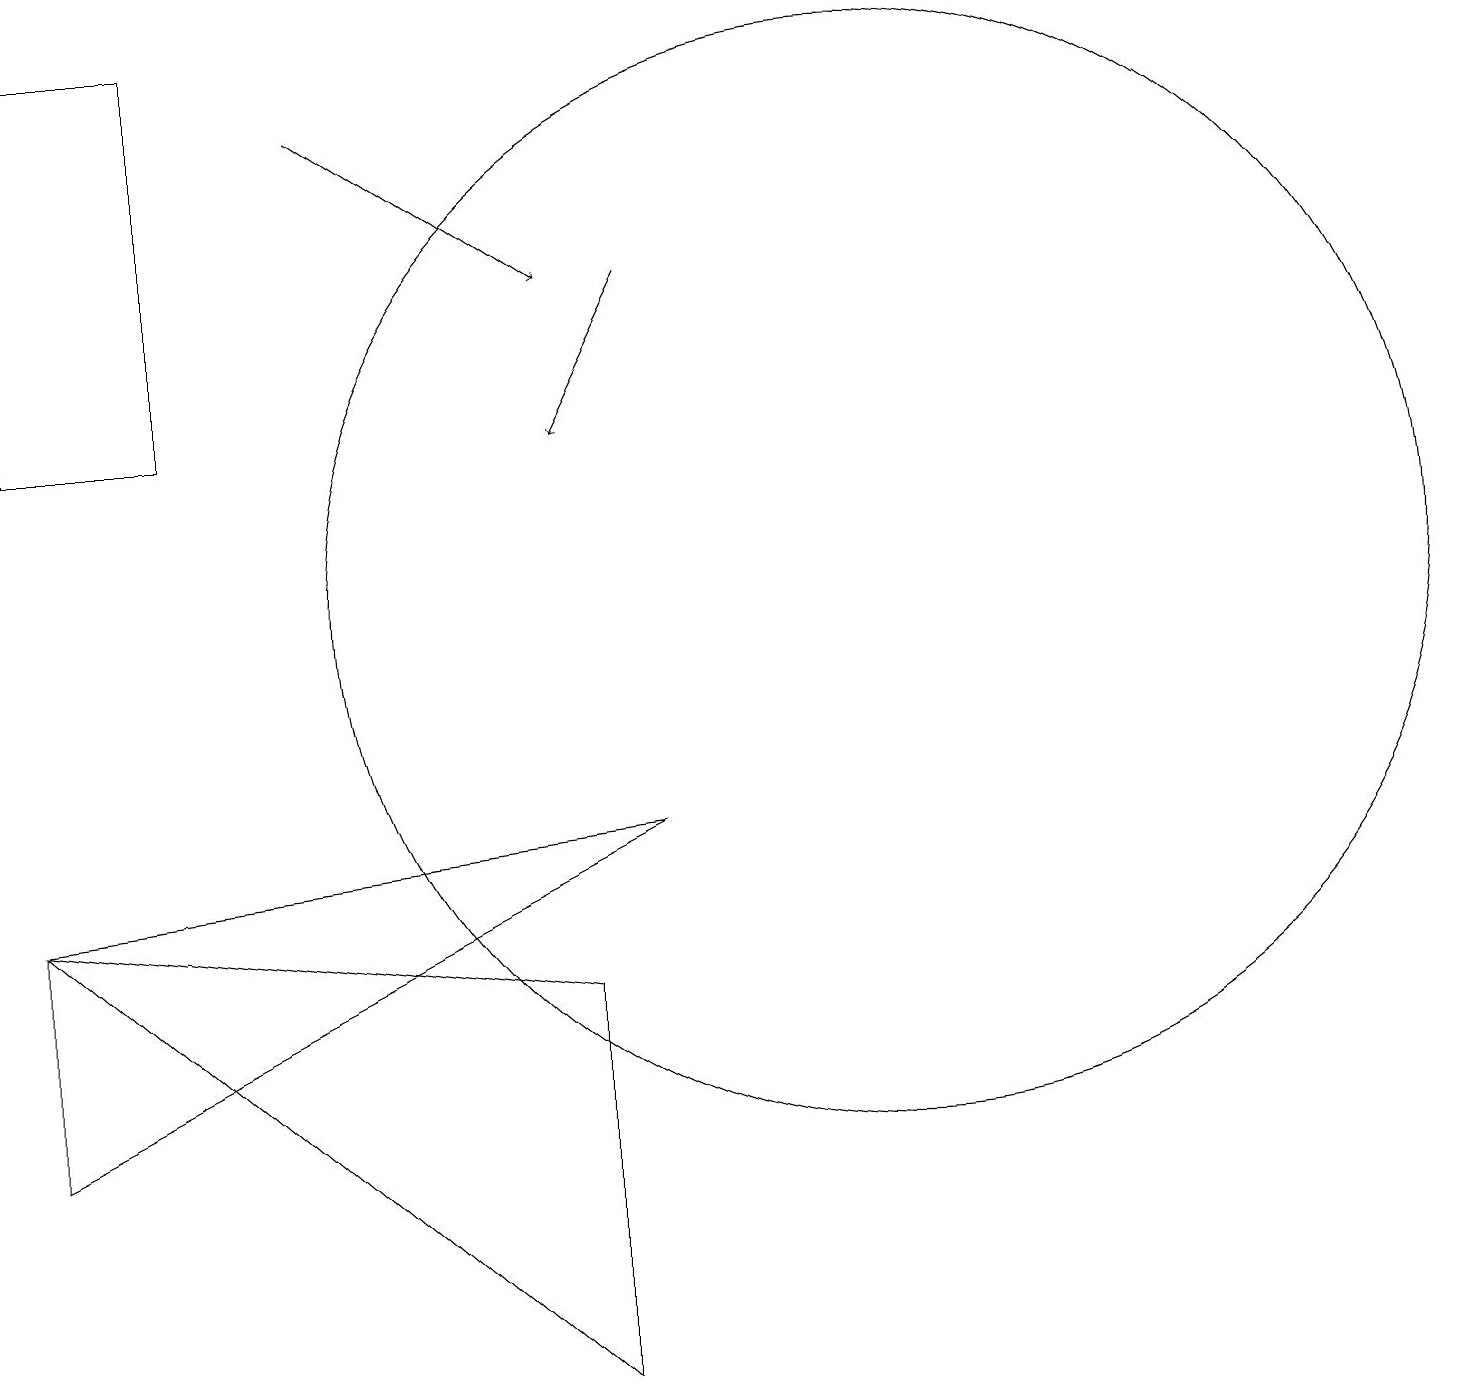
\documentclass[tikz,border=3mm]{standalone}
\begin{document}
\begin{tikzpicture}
\draw (11,10) circle (0);
\draw (9,8) -- (1,7) -- (1,4) -- cycle;
\draw (3,18) rectangle (1,13);
\draw (8,1) -- (8,6) -- (1,7) -- cycle;
\draw (12,11) circle (7);
\draw[->] (5,17) -- (8,15);
\draw[->] (9,15) -- (8,13);
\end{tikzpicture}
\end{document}